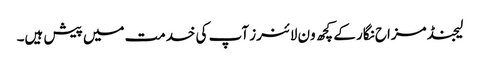
لیجنڈ مزاح نگار کے کچھ ون لائنرز آپ کی خدمت میں پیش ہیں۔